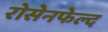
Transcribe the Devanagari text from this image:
रोसेनफेल्द